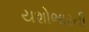
યશોભારતી